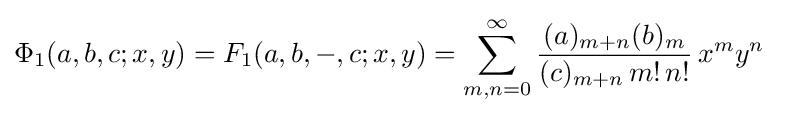
\Phi _{1}(a,b,c;x,y)=F_{1}(a,b,-,c;x,y)=\sum _{m,n=0}^{\infty }{\frac {(a)_{m+n}(b)_{m}}{(c)_{m+n}\,m!\,n!}}\,x^{m}y^{n}~